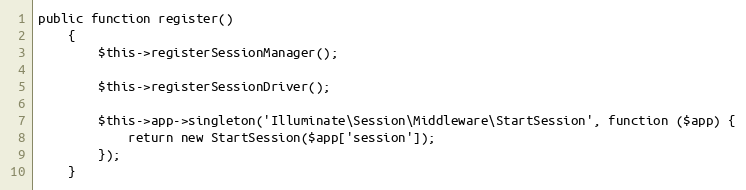
Language: PHP
public function register()
    {
        $this->registerSessionManager();

        $this->registerSessionDriver();

        $this->app->singleton('Illuminate\Session\Middleware\StartSession', function ($app) {
            return new StartSession($app['session']);
        });
    }